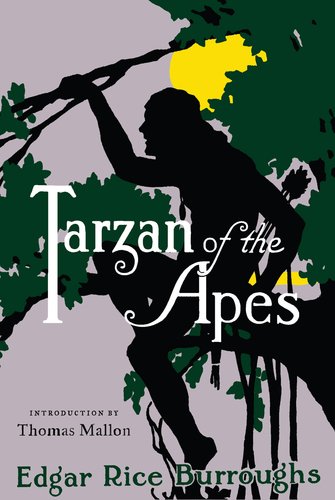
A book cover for Tarzan of the Apes; Edgar Rice Burroughs; Literature & Fiction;